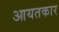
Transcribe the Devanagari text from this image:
आयतकार